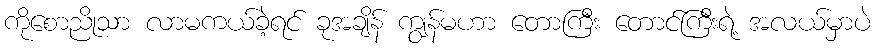
ကိုစောညိုသာ လာမကယ်ခဲ့ရင် ခုအချိန် ကျွန်မဟာ တောကြီး တောင်ကြီးရဲ့ အလယ်မှာပဲ